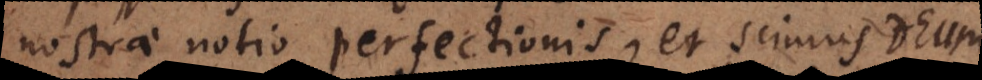
nostrae notio perfectionis, et scimus Deum